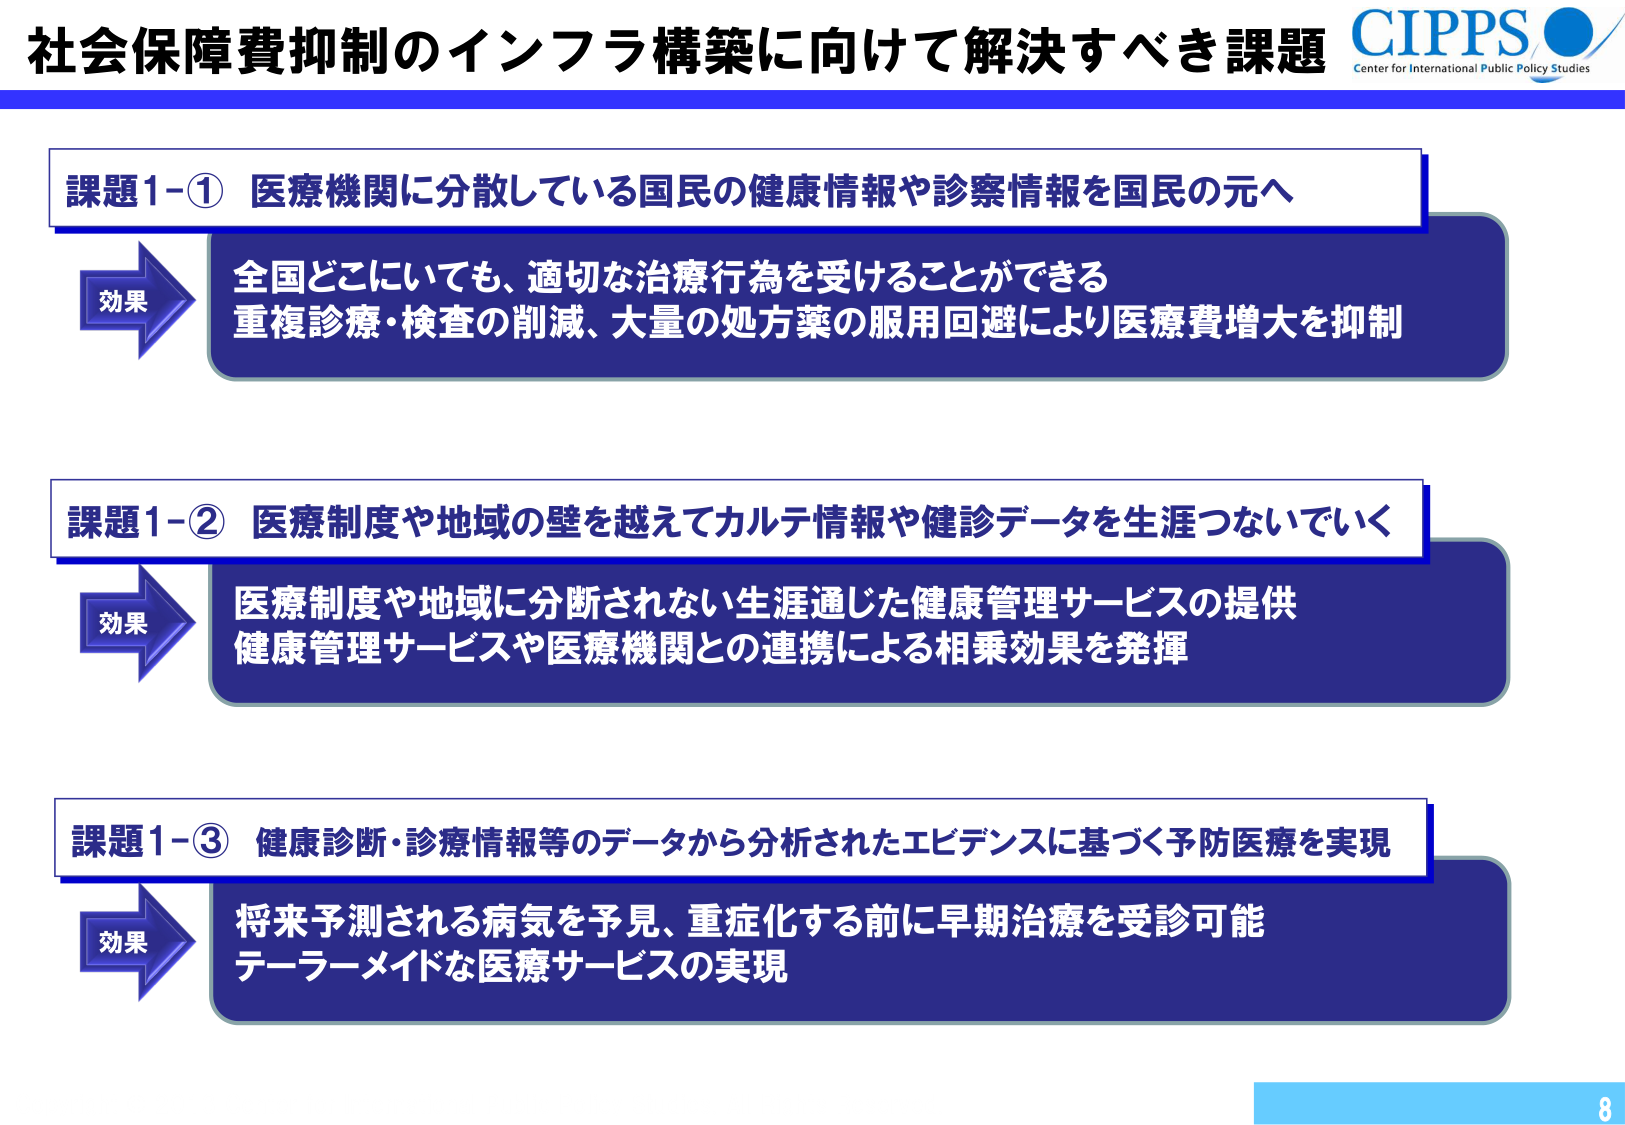
社会保障費抑制のインフラ構築に向けて解決すべき課題
CIPPS
Center for International Public Policy Studies

課題1-① 医療機関に分散している国民の健康情報や診察情報を国民の元へ
効果
全国どこにいても、適切な治療行為を受けることができる
重複診療・検査の削減、大量の処方薬の服用回避により医療費増大を抑制

課題1-② 医療制度や地域の壁を越えてカルテ情報や健診データを生涯つないでいく
効果
医療制度や地域に分断されない生涯通じた健康管理サービスの提供
健康管理サービスや医療機関との連携による相乗効果を発揮

課題1-③ 健康診断・診療情報等のデータから分析されたエビデンスに基づく予防医療を実現
効果
将来予測される病気を予見、重症化する前に早期治療を受診可能
テーラーメイドな医療サービスの実現

8